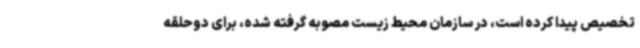
تخصیص پیدا کرده است، در سازمان محیط زیست مصوبه گرفته شده، برای دوحلقه